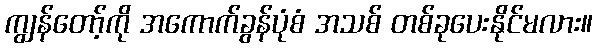
ကျွန်တော့်ကို အကောက်ခွန်ပုံစံ အသစ် တစ်ခုပေးနိုင်မလား။